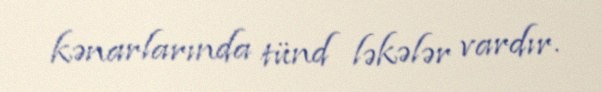
kənarlarında tünd ləkələr vardır.